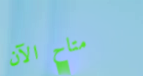
متاح الآن